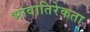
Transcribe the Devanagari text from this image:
भावातिरेकता